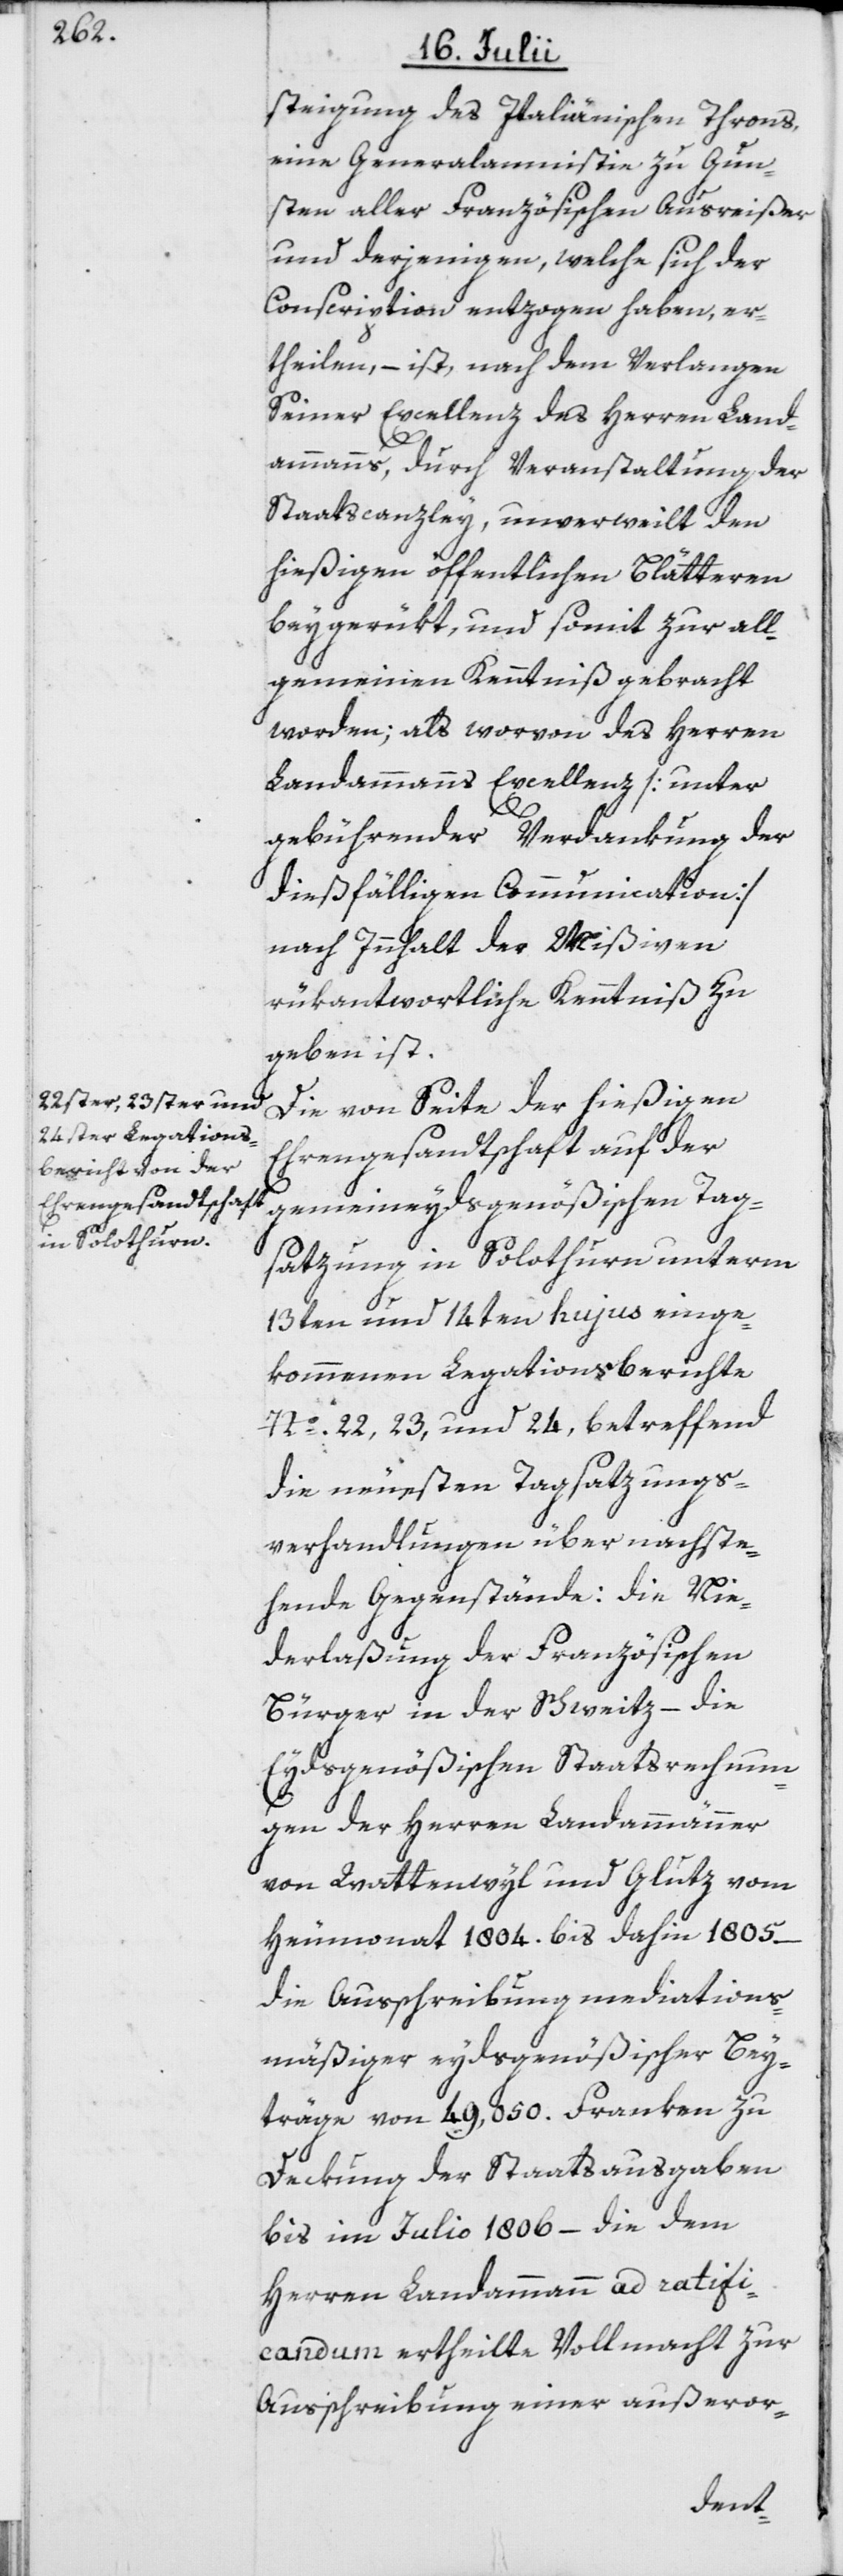
steigung des Italiänischen Throns,
eine Generalamnistie [sic!] zu Gun¬
sten aller Französischen Ausreißer
und derjenigen, welche sich der
Conscription entzogen haben, er¬
theilen, – ist, nach dem Verlangen
Seiner Excellenz des Herren Land¬
ammanns, durch Veranstaltung der
Staatscanzley, unverweilt den
hießigen öffentlichen Blätteren
beygerükt, und somit zur all¬
gemeinen Kenntniß gebracht
worden; als worvon des Herren
Landammanns Excellenz [unter
gebührender Verdankung der
dießfälligen Communication]
nach Innhalt der Mißiven
rükantwortliche Kenntniß zu
geben ist.
Die von Seite der hießigen
Ehrengesandtschaft auf der
gemeineydsgenößischen Tag¬
satzung in Solothurn unterm
13ten und 14ten hujus einge¬
kommenen Legationsberichte
No. 22, 23, und 24, betreffend
die neuesten Tagsatzungs¬
verhandlungen über nachste¬
hende Gegenstände: die Nie¬
derlaßung der Französischen
Bürger in der Schweitz – die
Eydsgenößischen Staatsrechnun¬
gen der Herren Landammänner
von Wattenwyl und Glutz vom
Heumonat 1804. bis dahin 1805 –
die Ausschreibung mediations¬
mäßiger eydsgenößischer Bey¬
träge von 49,050. Franken zu
Deckung der Staatsausgaben
bis im Julio 1806 – die dem
Herren Landammann ad ratifi¬
candum ertheilte Vollmacht zur
Ausschreibung einer außeror-